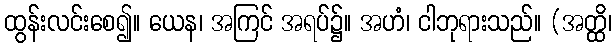
ထွန်းလင်းစေ၍။ ယေန၊ အကြင် အရပ်၌။ အဟံ၊ ငါဘုရားသည်။ (အတ္ထိ၊